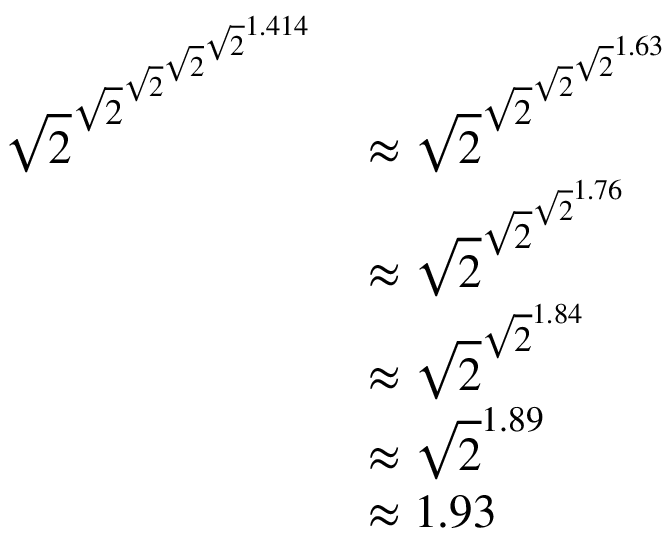
{ \begin{array} { r l } { { \sqrt { 2 } } ^ { { \sqrt { 2 } } ^ { { \sqrt { 2 } } ^ { { \sqrt { 2 } } ^ { { \sqrt { 2 } } ^ { 1 . 4 1 4 } } } } } } & { \approx { \sqrt { 2 } } ^ { { \sqrt { 2 } } ^ { { \sqrt { 2 } } ^ { { \sqrt { 2 } } ^ { 1 . 6 3 } } } } } \\ & { \approx { \sqrt { 2 } } ^ { { \sqrt { 2 } } ^ { { \sqrt { 2 } } ^ { 1 . 7 6 } } } } \\ & { \approx { \sqrt { 2 } } ^ { { \sqrt { 2 } } ^ { 1 . 8 4 } } } \\ & { \approx { \sqrt { 2 } } ^ { 1 . 8 9 } } \\ & { \approx 1 . 9 3 } \end{array} }